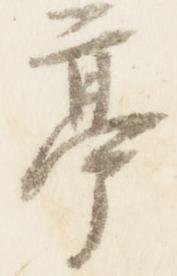
亭